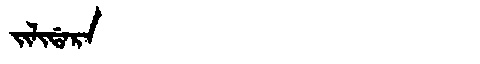
Manchu: ᠵᡳᠯᡳᡩᠠᡵᠠ
Romanization: JILIDARA